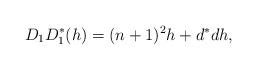
LaTeX: \begin{align*}D_{1} D_{1}^{*}(h) = (n+1)^{2} h + d^{*} d h,\end{align*}